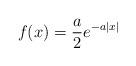
LaTeX: \begin{align*}f(x)=\frac{a}{2}e^{-a|x|}\end{align*}